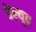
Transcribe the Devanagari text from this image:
प्रेल्यूद